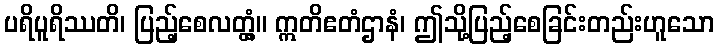
ပရိပူရိဿတိ၊ ပြည့်စေလတ္တံ့။ ဣတိဧတံဌာနံ၊ ဤသို့ပြည့်စေခြင်းတည်းဟူသော